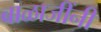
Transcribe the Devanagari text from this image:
बाळाजींनी